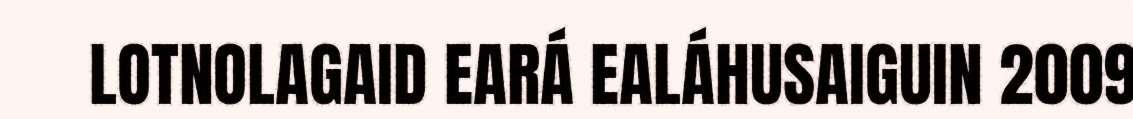
LOTNOLAGAID EARÁ EALÁHUSAIGUIN 2009